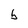
Character: b